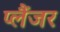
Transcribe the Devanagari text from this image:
प्लैंजर